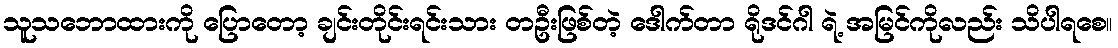
သူသဘောထားကို ပြောတော့ ချင်းတိုင်းရင်းသား တဦးဖြစ်တဲ့ ဒေါက်တာ ရိုဒင်ဂါ ရဲ့ အမြင်ကိုလည်း သိပါရစေ။